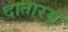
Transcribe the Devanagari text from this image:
दातारम्